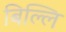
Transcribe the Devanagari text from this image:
बिल्लि